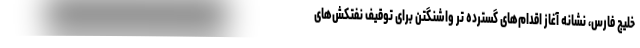
خلیج فارس، نشانه آغاز اقدام‌های گسترده تر واشنگتن برای توقیف نفتکش‌های